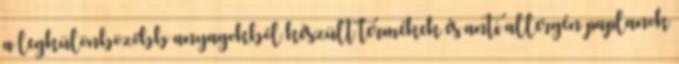
a legkülönbözőbb anyagokból készült termékek és anti allergén paplanok